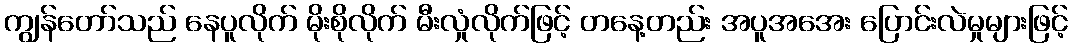
ကျွန်တော်သည် နေပူလိုက် မိုးစိုလိုက် မီးလှုံလိုက်ဖြင့် တနေ့တည်း အပူအအေး ပြောင်းလဲမှုများဖြင့်